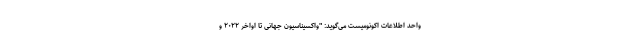
واحد اطلاعات اکونومیست می‌گوید: "واکسیناسیون جهانی تا اواخر ۲۰۲۲ و